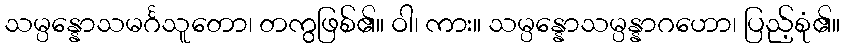
သမ္ပန္နောသမင်္ဂသူတော၊ တကွဖြစ်၏။ ဝါ၊ ကား။ သမ္ပန္နောသမ္ပန္နာဂဟော၊ ပြည့်စုံ၏။